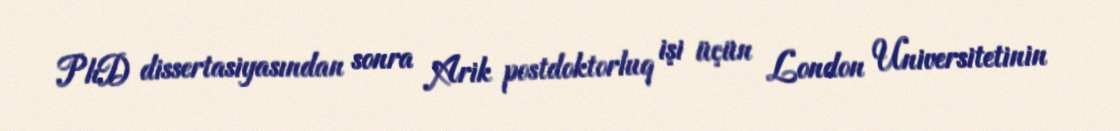
PhD dissertasiyasından sonra Arik postdoktorluq işi üçün London Universitetinin